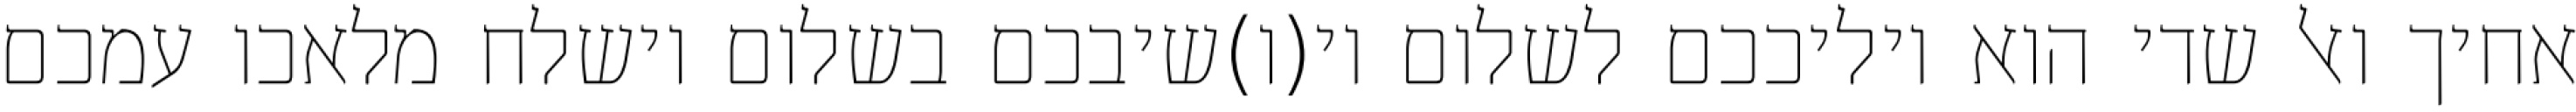
אחיך ואל שדי הוא יוליככם לשלום וי(ו)שיבכם בשלום וישלח מלאכו עמכם